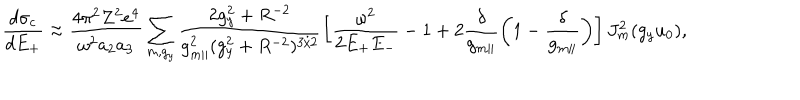
LaTeX: \frac { d \sigma _ { c } } { d E _ { + } } \approx \frac { 4 \pi ^ { 2 } Z ^ { 2 } e ^ { 4 } } { \omega ^ { 2 } a _ { 2 } a _ { 3 } } \sum _ { m , g _ { y } } \frac { 2 g _ { y } ^ { 2 } + R ^ { - 2 } } { g _ { m \parallel } ^ { 2 } ( g _ { y } ^ { 2 } + R ^ { - 2 } ) ^ { 3 / 2 } } \left[ \frac { \omega ^ { 2 } } { 2 E _ { + } E _ { - } } - 1 + 2 \frac { \delta } { g _ { m \parallel } } \left( 1 - \frac { \delta } { g _ { m \parallel } } \right) \right] J _ { m } ^ { 2 } ( g _ { y } u _ { 0 } ) ,